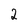
Character: 2